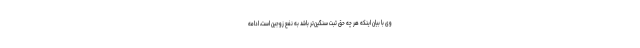
وی با بیان اینکه هر چه حق ثبت سنگین‌تر باشد به نفع زوجین است، ادامه